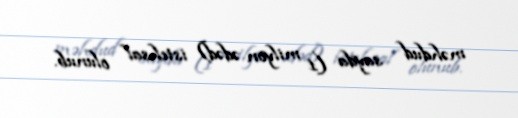
məhdud sayda (1 milyon ədəd) istehsal olunub.